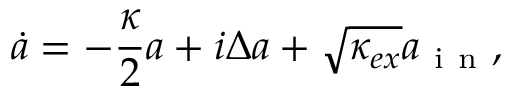
\dot { a } = - \frac { \kappa } { 2 } a + i \Delta a + \sqrt { \kappa _ { e x } } a _ { \mathrm { ~ i ~ n ~ } } ,